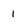
Character: 1